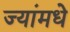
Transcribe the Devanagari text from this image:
ज्यांमधे